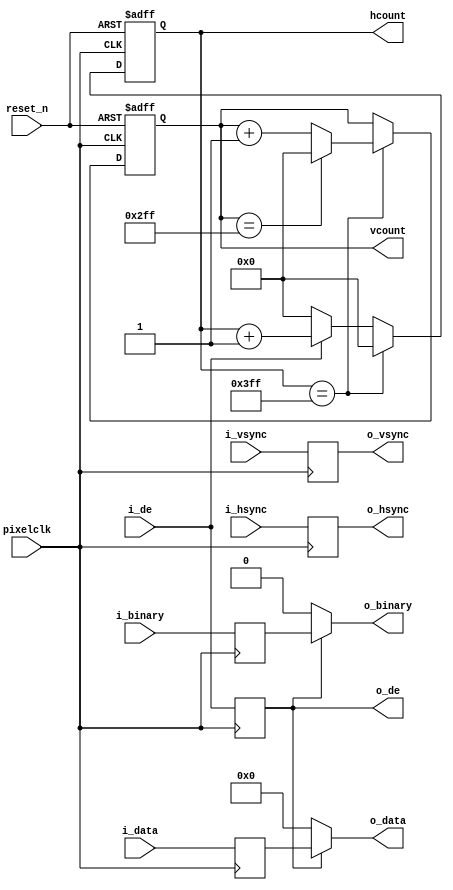
`timescale 1ns / 1ps

module HVcount#(
     parameter DW = 24,
	 parameter IW             = 1920
      )(
    input                      pixelclk,
    input                      reset_n,
    input [DW-1:0]             i_data,
    input                      i_binary,    
    input                      i_hsync,
    input                      i_vsync,
    input                      i_de,
    
    output [11:0]              hcount,
    output [11:0]              vcount,
    output [DW-1:0]            o_data,
    output                     o_binary,
    output                     o_hsync,
    output                     o_vsync,
    output                     o_de
    );
    
reg [11:0]              hcount_r;
reg [11:0]              vcount_r;
reg [DW-1:0]            VGA_RGB_r;
reg                     VGA_binary_r;
reg                     vid_pVDE_r;
reg                     VGA_HS_r;
reg                     VGA_VS_r;
reg                     VGA_DE_r;

//synchronization
always @(posedge pixelclk) begin
  vid_pVDE_r <= i_de;
  VGA_RGB_r <= i_data;
  VGA_binary_r <= i_binary;
  VGA_HS_r <= i_hsync;
  VGA_VS_r <= i_vsync;
  VGA_DE_r <= i_de;
end  


always@(posedge pixelclk or negedge reset_n)begin
    if(!reset_n) begin 
        hcount_r<=12'd0;
    end 
    else if (hcount_r==12'd1023)begin 
        hcount_r<=12'd0;
    end 
    else if(i_de==1'b1)begin 
        hcount_r<=hcount_r+1'b1;
    end 
    else begin 
        hcount_r<=12'd0;
    end 
end 


always@(posedge pixelclk or negedge reset_n)begin
    if(!reset_n) begin 
        vcount_r<=12'd0;
    end 
    else if ( hcount_r==12'd1023) begin
        if(vcount_r==12'd767 )begin 
            vcount_r<=12'd0;
        end 
        else begin 
            vcount_r<=vcount_r+1'b1;
        end 
     end
end 


 assign  o_data  =  (o_de)?VGA_RGB_r:0;
 assign  o_binary=  (o_de)?VGA_binary_r:0;
 assign  o_hsync =   VGA_HS_r;
 assign  o_vsync =   VGA_VS_r;
 assign  o_de    =   VGA_DE_r;
 assign  hcount  =   hcount_r;
 assign  vcount  =   vcount_r;
 
endmodule